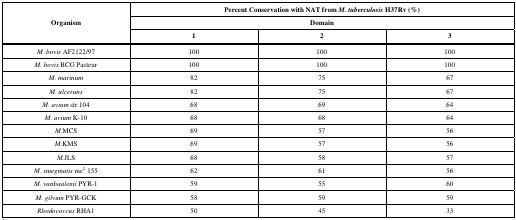
<table><thead><tr><td rowspan="3"><b>Organism</b></td><td colspan="3"><b>Percent Conservation with NAT from <i>M. tuberculosis</i> H37Rv (%)</b></td></tr><tr><td colspan="3"><b>Domain</b></td></tr><tr><td><b>1</b></td><td><b>2</b></td><td><b>3</b></td></tr></thead><tbody><tr><td><i>M .bovis</i> AF2122/97</td><td>100</td><td>100</td><td>100</td></tr><tr><td><i>M. bovis</i> BCG Pasteur</td><td>100</td><td>100</td><td>100</td></tr><tr><td><i>M. marinum</i></td><td>82</td><td>75</td><td>67</td></tr><tr><td><i>M. ulcerans</i></td><td>82</td><td>75</td><td>67</td></tr><tr><td><i>M. avium</i> str.104</td><td>68</td><td>69</td><td>64</td></tr><tr><td><i>M. avium</i> K-10</td><td>68</td><td>68</td><td>64</td></tr><tr><td><i>M.</i>MCS</td><td>69</td><td>57</td><td>56</td></tr><tr><td><i>M.</i>KMS</td><td>69</td><td>57</td><td>56</td></tr><tr><td><i>M.</i>JLS</td><td>68</td><td>58</td><td>57</td></tr><tr><td><i>M. smegmatis </i>mc<sup>2</sup> 155</td><td>62</td><td>61</td><td>56</td></tr><tr><td><i>M. vanbaalenii</i> PYR-1</td><td>59</td><td>55</td><td>60</td></tr><tr><td><i>M. gilvum </i>PYR-GCK</td><td>58</td><td>59</td><td>59</td></tr><tr><td><i>Rhodococcus</i> RHA1</td><td>50</td><td>45</td><td>33</td></tr></tbody></table>